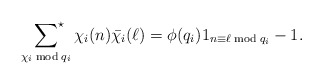
\begin{align*}\sideset{}{^\star}\sum_{\chi_i\bmod{q_i}}\chi_i(n)\bar{\chi_i}(\ell)=\phi(q_i)1_{n\equiv \ell\bmod{q_i}}-1.\end{align*}